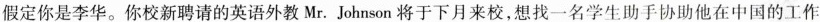
假定你是李华。你校新聘请的英语外教Mr.Johnson将于下月来校，想找一名学生助手协助他在中国的工作